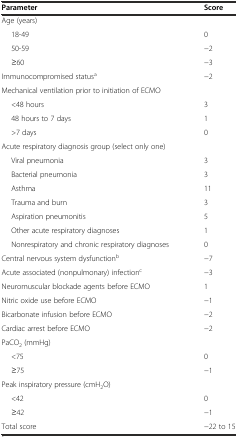
<table><thead><tr><td><b>Parameter</b></td><td><b>Score</b></td></tr></thead><tbody><tr><td>Age (years)</td><td></td></tr><tr><td>18-49</td><td>0</td></tr><tr><td>50-59</td><td>−2</td></tr><tr><td>≥60</td><td>−3</td></tr><tr><td>Immunocompromised status<sup>a</sup></td><td>−2</td></tr><tr><td>Mechanical ventilation prior to initiation of ECMO</td><td></td></tr><tr><td>&lt;48 hours</td><td>3</td></tr><tr><td>48 hours to 7 days</td><td>1</td></tr><tr><td>&gt;7 days</td><td>0</td></tr><tr><td>Acute respiratory diagnosis group (select only one)</td><td></td></tr><tr><td>Viral pneumonia</td><td>3</td></tr><tr><td>Bacterial pneumonia</td><td>3</td></tr><tr><td>Asthma</td><td>11</td></tr><tr><td>Trauma and burn</td><td>3</td></tr><tr><td>Aspiration pneumonitis</td><td>5</td></tr><tr><td>Other acute respiratory diagnoses</td><td>1</td></tr><tr><td>Nonrespiratory and chronic respiratory diagnoses</td><td>0</td></tr><tr><td>Central nervous system dysfunction<sup>b</sup></td><td>−7</td></tr><tr><td>Acute associated (nonpulmonary) infection<sup>c</sup></td><td>−3</td></tr><tr><td>Neuromuscular blockade agents before ECMO</td><td>1</td></tr><tr><td>Nitric oxide use before ECMO</td><td>−1</td></tr><tr><td>Bicarbonate infusion before ECMO</td><td>−2</td></tr><tr><td>Cardiac arrest before ECMO</td><td>−2</td></tr><tr><td>PaCO<sub>2</sub> (mmHg)</td><td></td></tr><tr><td>&lt;75</td><td>0</td></tr><tr><td>≥75</td><td>−1</td></tr><tr><td>Peak inspiratory pressure (cmH<sub>2</sub>O)</td><td></td></tr><tr><td>&lt;42</td><td>0</td></tr><tr><td>≥42</td><td>−1</td></tr><tr><td>Total score</td><td>−22 to 15</td></tr></tbody></table>